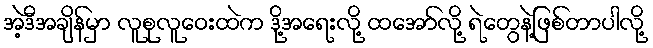
အဲ့ဒီအချိန်မှာ လူစုလူဝေးထဲက ဒို့အရေးလို့ ထအော်လို့ ရဲတွေနဲ့ဖြစ်တာပါလို့